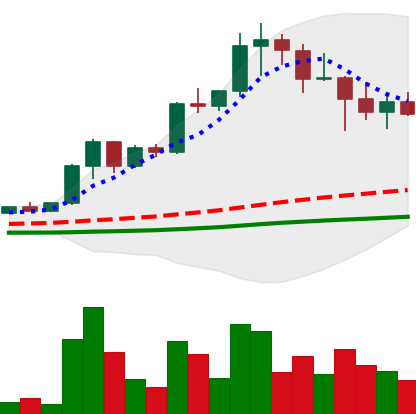
Ticker: XRP-USD
Chart end date: 2021-04-21
Forward return: 5.554%
Label: up_5_7